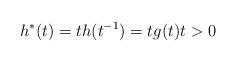
LaTeX: \begin{align*}h^*(t)=t h(t^{-1})=t g(t)t>0\end{align*}